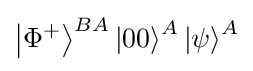
\left\vert \Phi ^{+}\right\rangle ^{BA}\left\vert 00\right\rangle ^{A}\left\vert \psi \right\rangle ^{A}